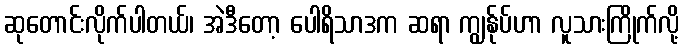
ဆုတောင်းလိုက်ပါတယ်၊ အဲဒီတော့ ပေါရိသာဒက ဆရာ ကျွန်ုပ်ဟာ လူသားကြိုက်လို့